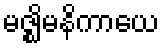
မဇ္ဈိမနိကာယေ